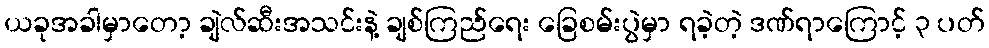
ယခုအခါမှာတော့ ချဲလ်ဆီးအသင်းနဲ့ ချစ်ကြည်ရေး ခြေစမ်းပွဲမှာ ရခဲ့တဲ့ ဒဏ်ရာကြောင့် ၃ ပတ်